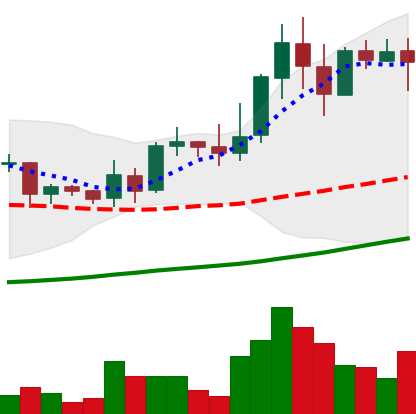
Ticker: LINK-USD
Chart end date: 2019-04-08
Forward return: -5.219%
Label: down_5_7